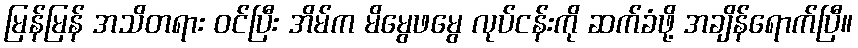
မြန်မြန် အသိတရား ဝင်ပြီး အိမ်က မိမွေဖမွေ လုပ်ငန်းကို ဆက်ခံဖို့ အချိန်ရောက်ပြီ။